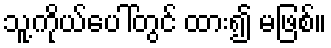
သူ့ကိုယ်ပေါ်တွင် ထား၍ မဖြစ်။